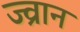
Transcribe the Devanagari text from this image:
ज्व्रान